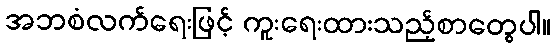
အဘစံလက်ရေးဖြင့် ကူးရေးထားသည့်စာတွေပါ။